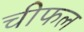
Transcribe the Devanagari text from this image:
चीफल